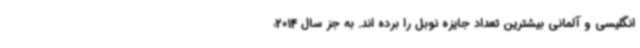
انگلیسی و آلمانی بیشترین تعداد جایزه نوبل را برده اند. به جز سال 2014،